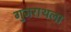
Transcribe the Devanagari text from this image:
गुजराथला